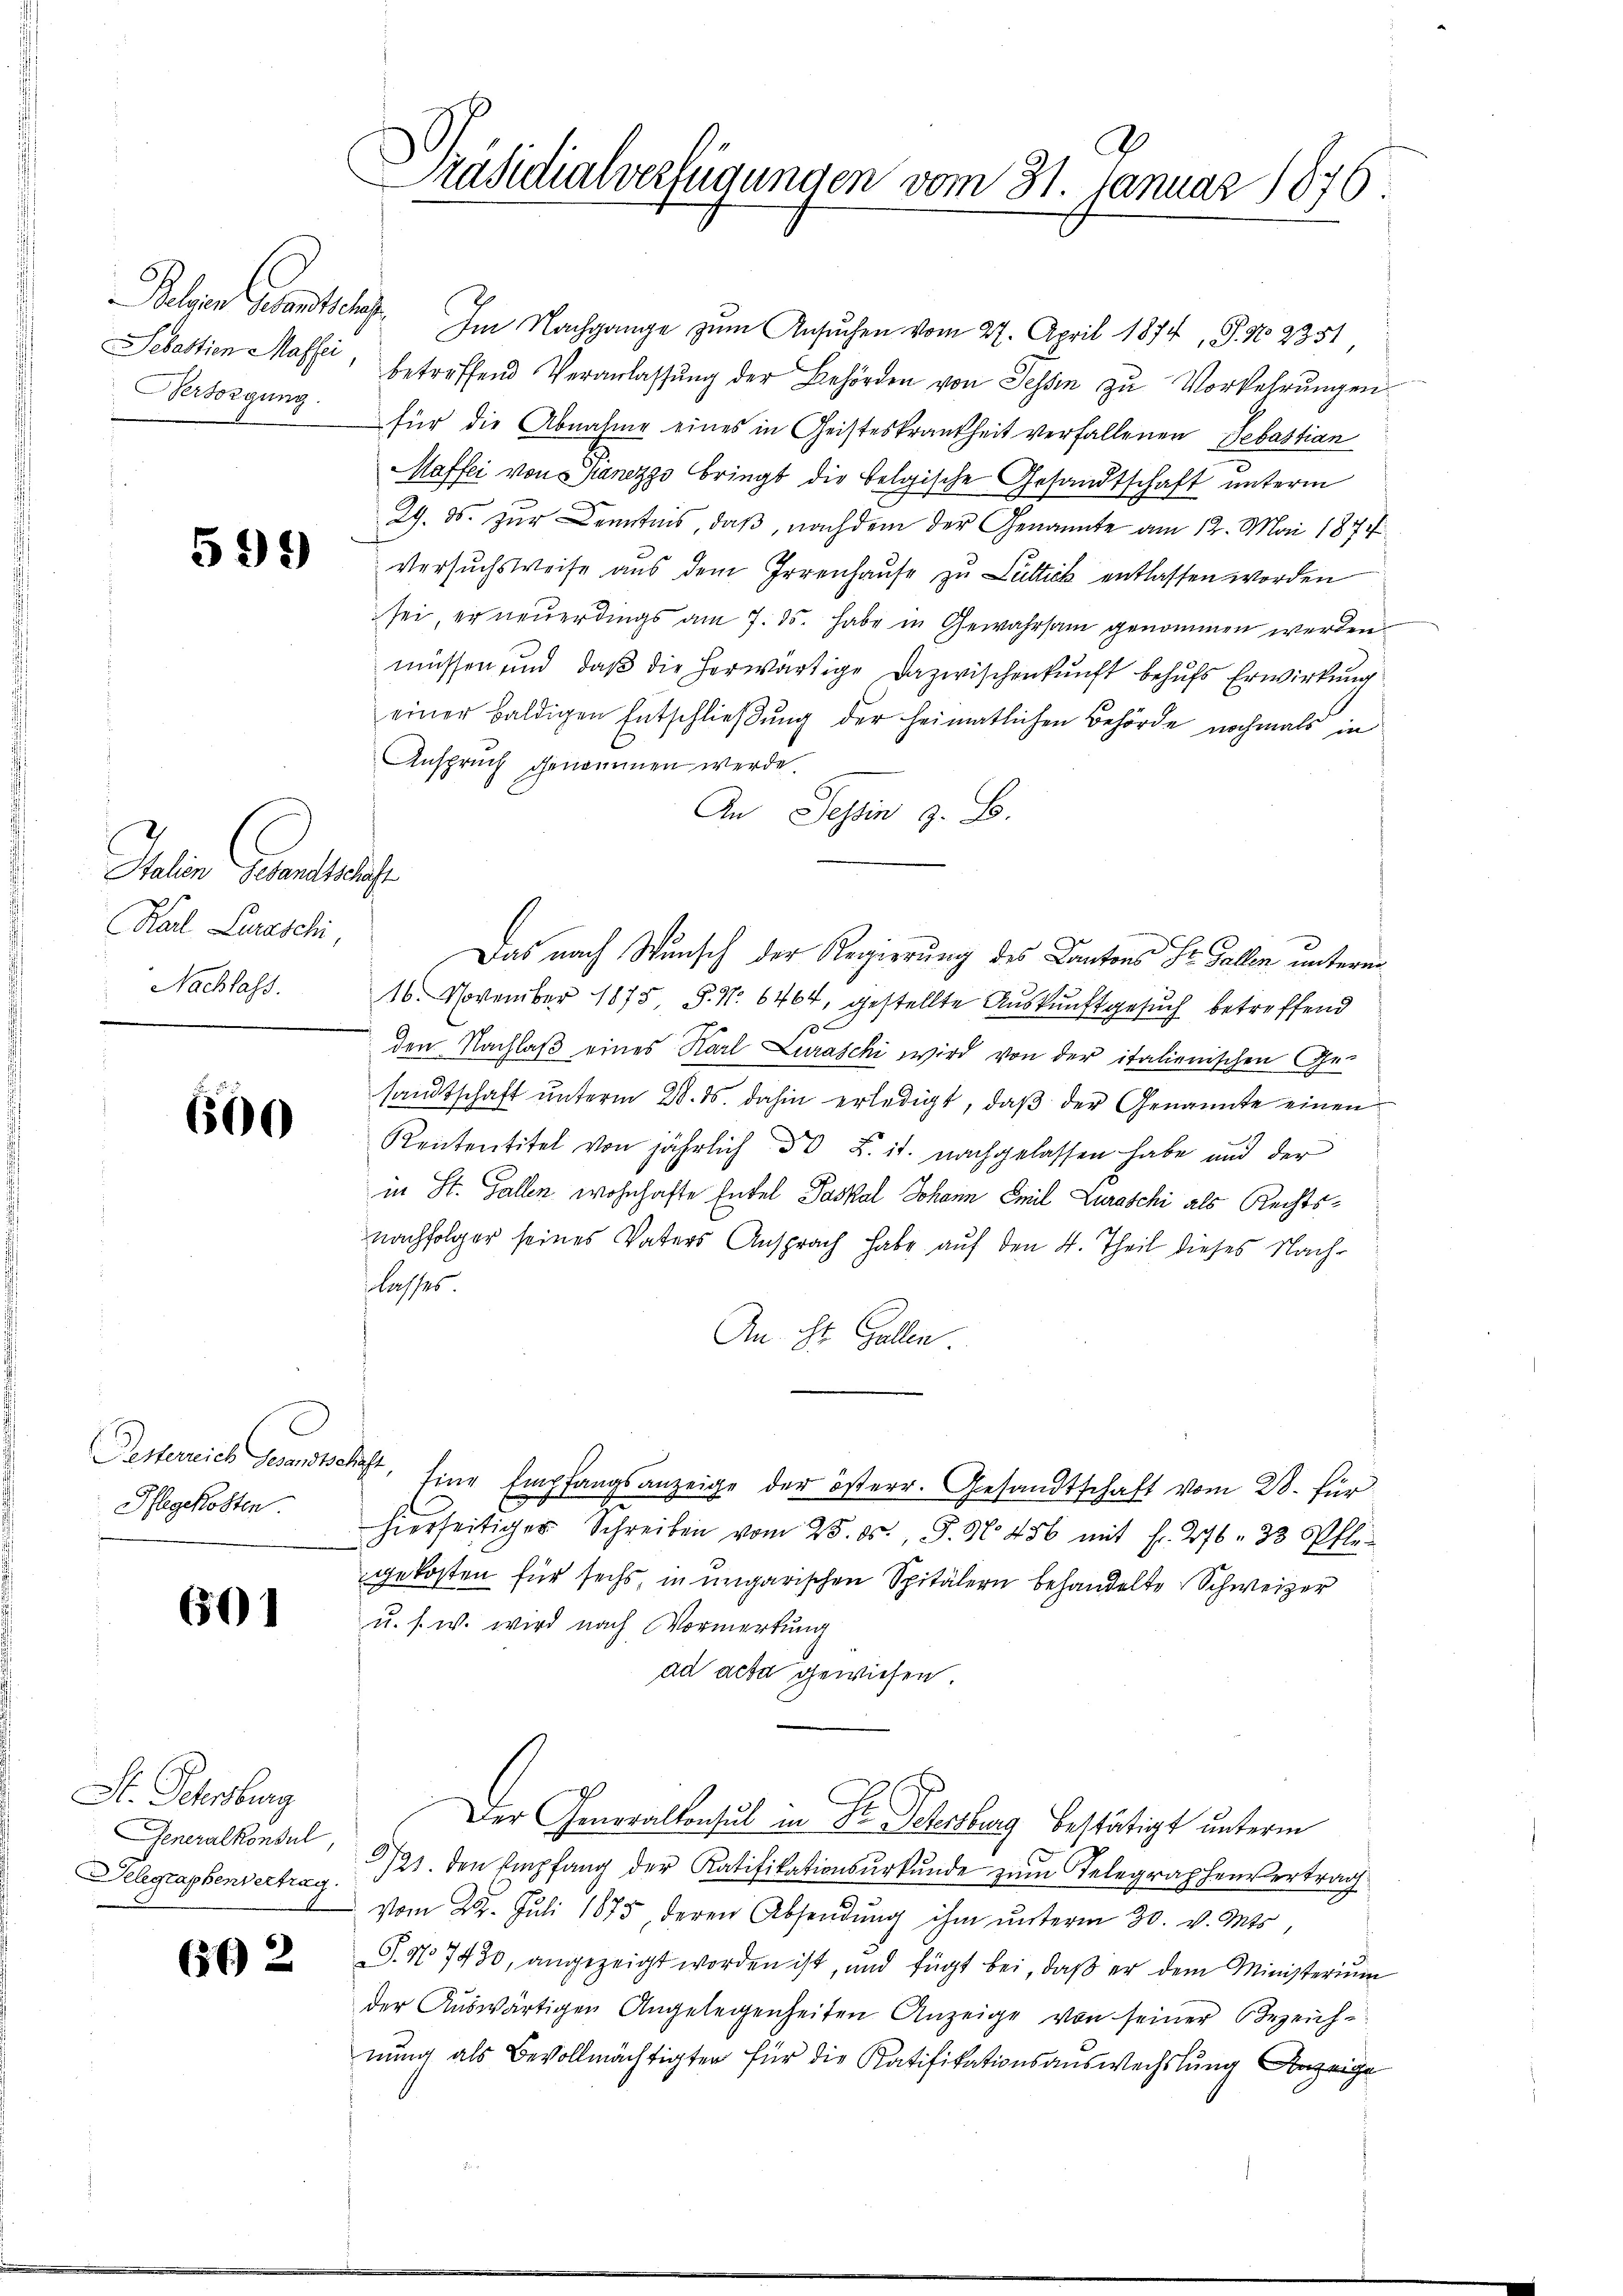
Versorgung.

599)

Juli Paulich
Karl Leraschi,
Nachlass.

600

Pesterreich Gesandtschaft
Pflegekosten.

601

St. Schenburg
Generalkonsul,

662

g
Präsidialverfügungen vom 31. Januar 1876

Belgien Gesandtschaft. Im Nachgange zum Ansuchen vom 27. April 1874, S. No. 2351
Sebastien Massi, betreffend Veranlassŭng der Behörden von Tessin zu Vorkehrungen
für die Abnahme eines in Geisteskrankheit verfallenen Sebastian
Maffei von anezzo bringt die belgische Gesandtschaft unterm
29. ds. zur Kenntnis, daß, nachdem der Genannte am 12. Mai 1877
Versuchsweise aus dem Irrenhaŭse zu Luttick entlassen worden
sei, er neuerdings am 7. 15. habe in Gewahrsam genommen werden
müssen und daß die herwärtige Dazwischenkunft behufs Erwirkung
einer baldigen Entschließung der heimatlichen Behörde nochmals in
Anspruch genommen werde.
An Tessin z. B.
Das nach Wunsch der Regierung des Cantons Sr. Gallen unterm
16. November 1875 S. Nr. 6464, gestellte Auskunftgesuch betreffend
10
den Nachlaß eines Karl Luraschi wird von der italienischen Ge-
sandtschaft unterm 28. ds. dahin erledigt, daß der Genannte einen
Kententitel von jährlich 30 L. it. nachgelassen habe und der
in St. Gallen wohnhafte Entel Paskal Johann Emil Zuraschi als Rechtsnachfolger seines Vaters Ansprach habe auf den 4. Theil dieses Nachlasses
An St. Gallen.
Eine Empfangsanzeige der österr. Gesandtschaft vom 28. für
hierseitiger Schreiben vom 25. ds., S. N. 456 mit fr. 276. 33 Pflegekosten für sechs, in ungarischen Spitälern behandelte Schweizer
u. s. w. wird nach Vormerkung
ad acta gewiesen.
Der Generalkonsul in Fr. Petersburg bestätigt unterm
Selegraphenvertrag 121. den Empfang der Ratifikationsŭrkŭnde zŭm Telegraphenvertrag
vom 22. Juli 1875, deren Absendŭng ihm ŭnterm 30. v. Mts.
S. No 7430, angezeigt worden ist, und fügt bei, daβ er dem Ministerium
der Auswärtigen Angelegenheiten Anzeige von seiner Bezeichnung als Bevollmächtigten für die Ratifikationsauswechslung Anzeige